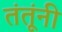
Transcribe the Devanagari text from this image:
तंतूंनी